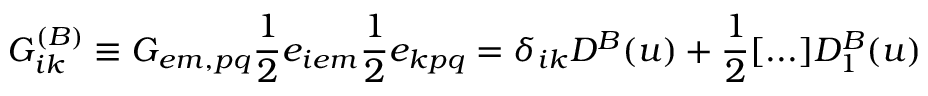
G _ { i k } ^ { ( B ) } \equiv G _ { e m , p q } \frac { 1 } { 2 } e _ { i e m } \frac { 1 } { 2 } e _ { k p q } = \delta _ { i k } D ^ { B } ( u ) + \frac { 1 } { 2 } [ . . . ] D _ { 1 } ^ { B } ( u )